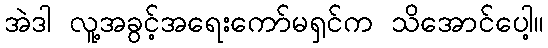
အဲဒါ လူ့အခွင့်အရေးကော်မရှင်က သိအောင်ပေါ့။